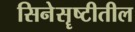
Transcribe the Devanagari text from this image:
सिनेसॄष्टीतील